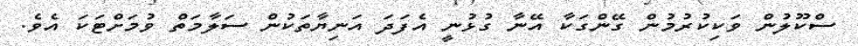
ސްކޫލުން ވަކިކުރުމުން ގޭންގަކާ އޭނާ ގުޅުނީ އެފަދަ އަނިޔާތަކުން ސަލާމަތް ވުމަށްޓަކަ އެވެ.